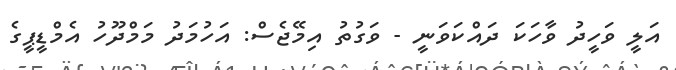
އަލީ ވަހީދު ވާހަކަ ދައްކަވަނީ - ވަގުތު އިމޭޖެސް: އަހުމަދު މަމްދޫހު އެމްޑީޕީގެ